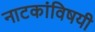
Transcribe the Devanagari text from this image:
नाटकांविषयी